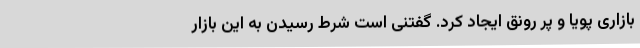
بازاری پویا و پر رونق ایجاد کرد. گفتنی است شرط رسیدن به این بازار